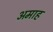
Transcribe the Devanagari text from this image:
अमाह